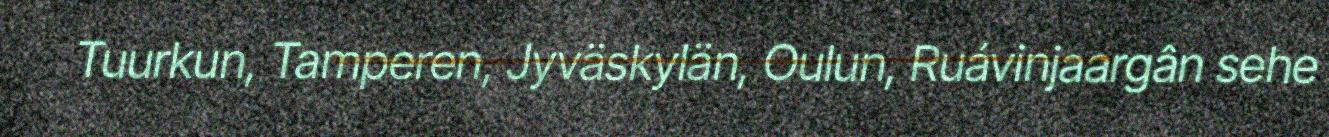
Tuurkun, Tamperen, Jyväskylän, Oulun, Ruávinjaargân sehe